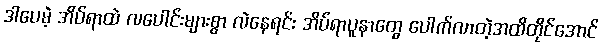
ဒါပေမဲ့ အိပ်ရာထဲ လပေါင်းများစွာ လဲနေရင်း အိပ်ရာပူနာတွေ ပေါက်လာတဲ့အထိတိုင်အောင်